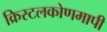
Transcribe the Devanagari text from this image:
क्रिस्टलकोणमापी